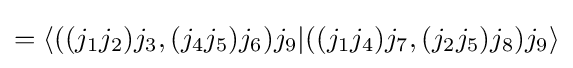
=\langle ((j_{1}j_{2})j_{3},(j_{4}j_{5})j_{6})j_{9}|((j_{1}j_{4})j_{7},(j_{2}j_{5})j_{8})j_{9}\rangle